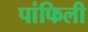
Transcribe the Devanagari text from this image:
पांफिली